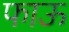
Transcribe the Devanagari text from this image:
फाऊ